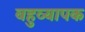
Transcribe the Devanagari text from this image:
बहुव्यापक